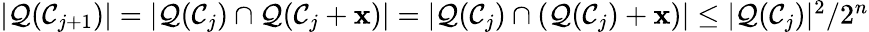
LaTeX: \begin{array}{r}{|\mathcal{Q}(\mathcal{C}_{j+1})|=|\mathcal{Q}(\mathcal{C}_{j})\cap\mathcal{Q}(\mathcal{C}_{j}+\mathbf{x})|=|\mathcal{Q}(\mathcal{C}_{j})\cap(\mathcal{Q}(\mathcal{C}_{j})+\mathbf{x})|\leq|\mathcal{Q}(\mathcal{C}_{j})|^{2}/2^{n}}\end{array}